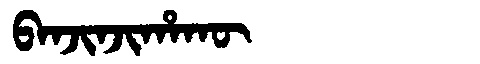
Manchu: ᠪᠠᠨᠵᡳᠨᠵᡳᡥᠠᡴᡡ
Romanization: BANJINJIHAKŪ